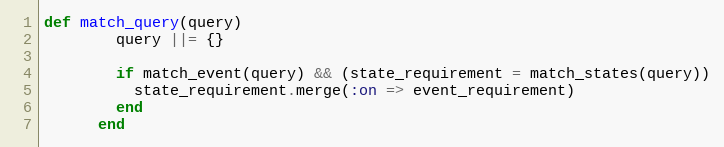
Language: Ruby
def match_query(query)
        query ||= {}

        if match_event(query) && (state_requirement = match_states(query))
          state_requirement.merge(:on => event_requirement)
        end
      end